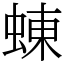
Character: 蝀